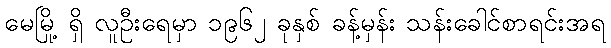
မေမြို့ ရှိ လူဦးရေမှာ ၁၉၆၂ ခုနှစ် ခန့်မှန်း သန်းခေါင်စာရင်းအရ